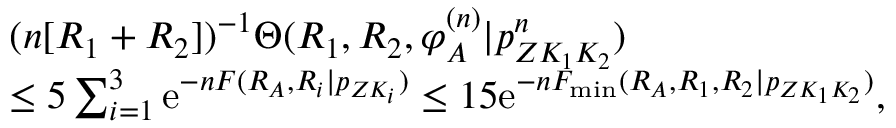
\begin{array} { r l } & { ( n [ R _ { 1 } + R _ { 2 } ] ) ^ { - 1 } \Theta ( R _ { 1 } , R _ { 2 } , \varphi _ { \cal A } ^ { ( n ) } | p _ { Z K _ { 1 } K _ { 2 } } ^ { n } ) } \\ & { \leq 5 \sum _ { i = 1 } ^ { 3 } \mathrm { e } ^ { - n F ( R _ { \cal A } , R _ { i } | p _ { Z K _ { i } } ) } \leq 1 5 \mathrm { e } ^ { - n F _ { \operatorname* { m i n } } ( R _ { \cal A } , R _ { 1 } , R _ { 2 } | p _ { Z K _ { 1 } K _ { 2 } } ) } , } \end{array}